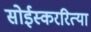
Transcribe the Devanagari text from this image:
सोईस्कररित्या